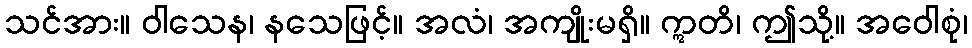
သင်အား။ ဝါသေန၊ နသေဖြင့်။ အလံ၊ အကျိုးမရှိ။ ဣတိ၊ ဤသို့။ အဝေါစုံ၊